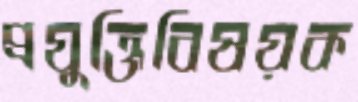
প্রযুক্তিবিষয়ক